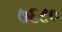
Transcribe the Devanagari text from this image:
७६८०